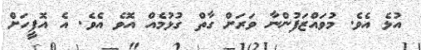
އުޅެ އެވެ. މުވައްޒަފުންނާ ވަރަށް ގާތް ގުޅުމެއް އޮވެ އެވެ. އެ އޮފީހަށް